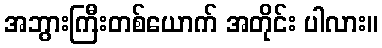
အဘွားကြီးတစ်ယောက် အတိုင်း ပါလား။